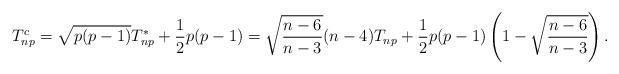
LaTeX: \begin{align*}T_{np}^c=\sqrt{p(p-1)}T^*_{np}+\frac{1}{2}p(p-1)=\sqrt{\frac{n-6}{n-3}}(n-4)T_{np}+\frac{1}{2}p(p-1)\left(1-\sqrt{\frac{n-6}{n-3}}\right).\end{align*}